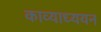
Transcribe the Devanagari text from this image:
काव्याध्ययन